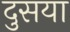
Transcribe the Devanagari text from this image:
दुसया